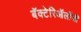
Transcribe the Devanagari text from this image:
बॅक्टेरिऑलॉजी